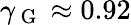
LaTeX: \gamma_{\mathrm{~G~}}\approx 0.92